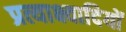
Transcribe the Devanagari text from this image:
प्रत्याक्ष्वादियों